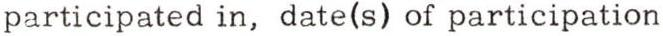
participated in, date(s) of participation